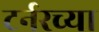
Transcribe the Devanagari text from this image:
टर्नरच्या